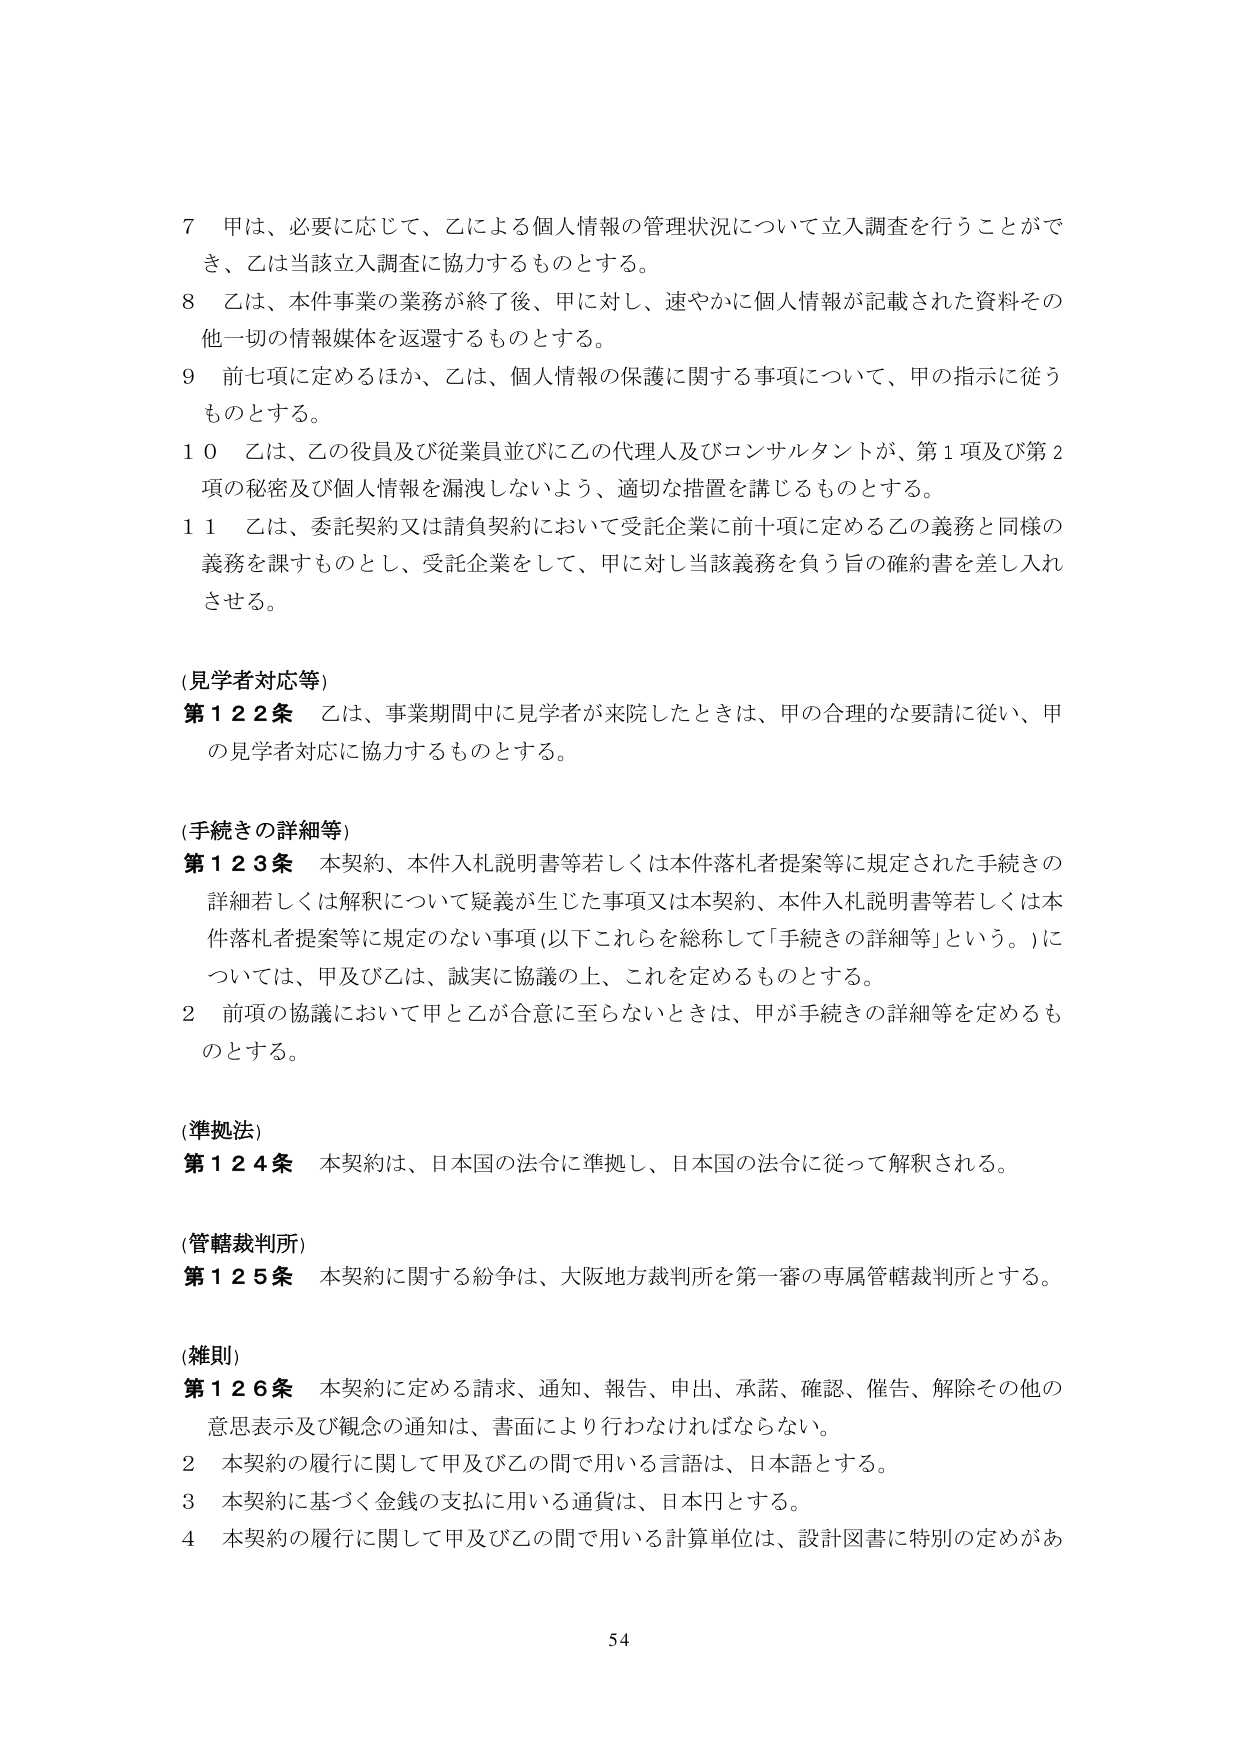
7 甲は、必要に応じて、乙による個人情報の管理状況について立入調査を行うことができ、乙は当該立入調査に協力するものとする。

8 乙は、本件事業の業務が終了後、甲に対し、速やかに個人情報が記載された資料その他一切の情報媒体を返還するものとする。

9 前七項に定めるほか、乙は、個人情報の保護に関する事項について、甲の指示に従うものとする。

10 乙は、乙の役員及び従業員並びに乙の代理人及びコンサルタントが、第1項及び第2項の秘密及び個人情報を漏洩しないよう、適切な措置を講じるものとする。

11 乙は、委託契約又は請負契約において受託企業に前十項に定める乙の義務と同様の義務を課すものとし、受託企業をして、甲に対し当該義務を負う旨の確約書を差し入れさせる。

(見学者対応等)

第122条 乙は、事業期間中に見学者が来院したときは、甲の合理的な要請に従い、甲の見学者対応に協力するものとする。

(手続きの詳細等)

第123条 本契約、本件入札説明書等若しくは本件落札者提案等に規定された手続きの詳細若しくは解釈について疑義が生じた事項又は本契約、本件入札説明書等若しくは本件落札者提案等に規定のない事項（以下これらを総称して「手続きの詳細等」という。）については、甲及び乙は、誠実に協議の上、これを定めるものとする。

2 前項の協議において甲と乙が合意に至らないときは、甲が手続きの詳細等を定めるものとする。

(準拠法)

第124条 本契約は、日本国の法令に準拠し、日本国の法令に従って解釈される。

(管轄裁判所)

第125条 本契約に関する紛争は、大阪地方裁判所を第一審の専属管轄裁判所とする。

(雑則)

第126条 本契約に定める請求、通知、報告、申出、承諾、確認、催告、解除その他の意思表示及び観念の通知は、書面により行わなければならない。

2 本契約の履行に関して甲及び乙の間で用いる言語は、日本語とする。

3 本契約に基づく金銭の支払に用いる通貨は、日本円とする。

4 本契約の履行に関して甲及び乙の間で用いる計算単位は、設計図書に特別の定めがあ

54